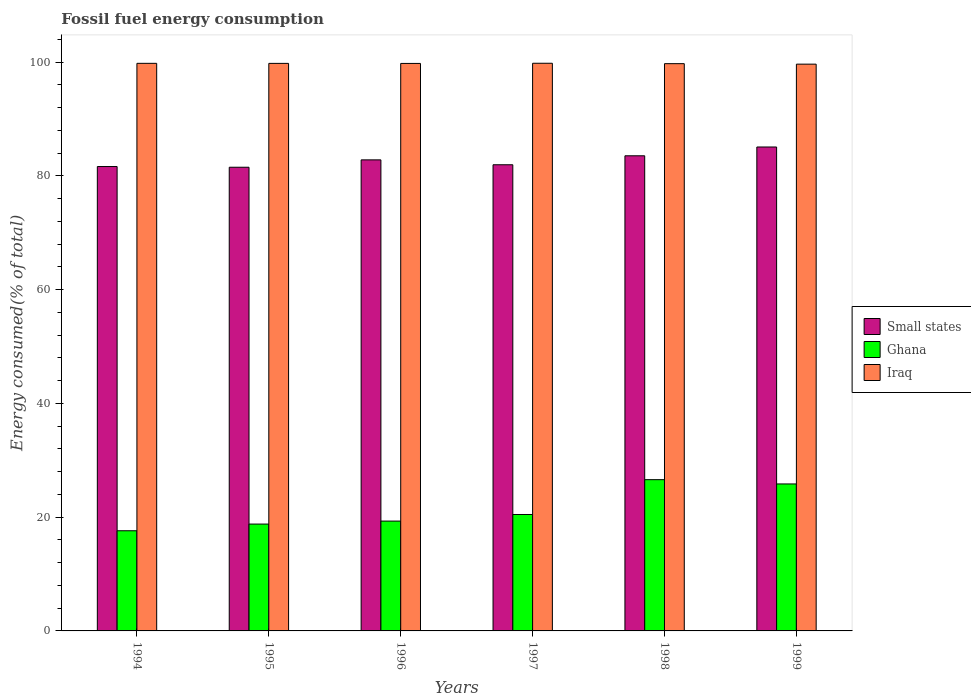
| Years | Small states | Ghana | Iraq |
 | --- | --- | --- | --- |
 | 1994 | 81.6 | 17.6 | 99.8 |
 | 1995 | 81.5 | 18.8 | 99.8 |
 | 1996 | 82.8 | 19.3 | 99.8 |
 | 1997 | 82 | 20.5 | 99.8 |
 | 1998 | 83.5 | 26.6 | 99.7 |
 | 1999 | 85.1 | 25.8 | 99.6 |